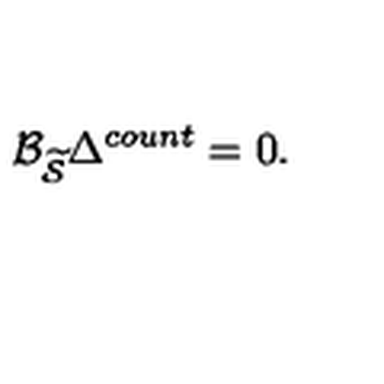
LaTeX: \mathcal { B } _ { \widetilde { \mathcal { S } } } \Delta ^ { c o u n t } = 0 .